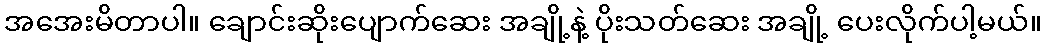
အအေးမိတာပါ။ ချောင်းဆိုးပျောက်ဆေး အချို့နဲ့ ပိုးသတ်ဆေး အချို့ ပေးလိုက်ပါ့မယ်။